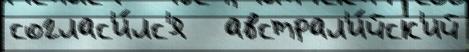
соглас'и́лс'я   австрал'и́йск'ий